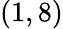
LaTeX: (1,8)